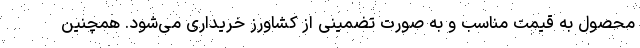
محصول به قیمت مناسب و به صورت تضمینی از کشاورز خریداری می‌شود. همچنین